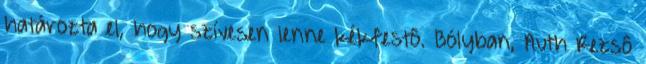
határozta el, hogy szívesen lenne kékfestô. Bólyban, Auth Rezsô